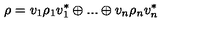
\rho = v _ { 1 } \rho _ { 1 } v _ { 1 } ^ { * } \oplus . . . \oplus v _ { n } \rho _ { n } v _ { n } ^ { * }